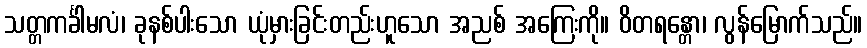
သတ္တကင်္ခါမလံ၊ ခုနစ်ပါးသော ယုံမှားခြင်းတည်းဟူသော အညစ် အကြေးကို။ ဝိတရန္တော၊ လွန်မြောက်သည်။